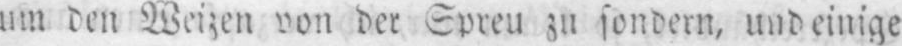
um den Weizen von der Spreu zu sondern, und einige